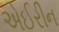
એઈરીન